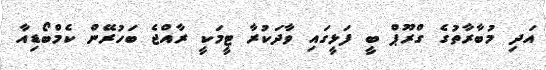
އަދި މުބާރާތުގެ ގްރޫޕް ބީ ފަޅީގައި ވާދަކުރާ ޓީމަކީ ރާއްޖެ ބަހުރޭން ކެމްބޯޑިއާ